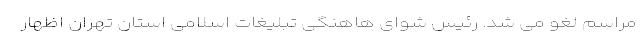
مراسم لغو می شد. رئیس شوای هاهنگی تبلیغات اسلامی استان تهران اظهار